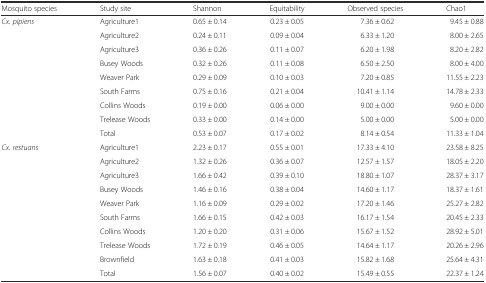
<table><thead><tr><td><b>Mosquito species</b></td><td><b>Study site</b></td><td><b>Shannon</b></td><td><b>Equitability</b></td><td><b>Observed species</b></td><td><b>Chao1</b></td></tr></thead><tbody><tr><td><i>Cx. pipiens</i></td><td>Agriculture1</td><td>0.65 ± 0.14</td><td>0.23 ± 0.05</td><td>7.36 ± 0.62</td><td>9.45 ± 0.88</td></tr><tr><td></td><td>Agriculture2</td><td>0.24 ± 0.11</td><td>0.09 ± 0.04</td><td>6.33 ± 1.20</td><td>8.00 ± 2.65</td></tr><tr><td></td><td>Agriculture3</td><td>0.36 ± 0.26</td><td>0.11 ± 0.07</td><td>6.20 ± 1.98</td><td>8.20 ± 2.82</td></tr><tr><td></td><td>Busey Woods</td><td>0.32 ± 0.26</td><td>0.11 ± 0.08</td><td>6.50 ± 2.50</td><td>8.00 ± 4.00</td></tr><tr><td></td><td>Weaver Park</td><td>0.29 ± 0.09</td><td>0.10 ± 0.03</td><td>7.20 ± 0.85</td><td>11.55 ± 2.23</td></tr><tr><td></td><td>South Farms</td><td>0.75 ± 0.16</td><td>0.21 ± 0.04</td><td>10.41 ± 1.14</td><td>14.78 ± 2.33</td></tr><tr><td></td><td>Collins Woods</td><td>0.19 ± 0.00</td><td>0.06 ± 0.00</td><td>9.00 ± 0.00</td><td>9.60 ± 0.00</td></tr><tr><td></td><td>Trelease Woods</td><td>0.33 ± 0.00</td><td>0.14 ± 0.00</td><td>5.00 ± 0.00</td><td>5.00 ± 0.00</td></tr><tr><td></td><td>Total</td><td>0.53 ± 0.07</td><td>0.17 ± 0.02</td><td>8.14 ± 0.54</td><td>11.33 ± 1.04</td></tr><tr><td><i>Cx. restuans</i></td><td>Agriculture1</td><td>2.23 ± 0.17</td><td>0.55 ± 0.01</td><td>17.33 ± 4.10</td><td>23.58 ± 8.25</td></tr><tr><td></td><td>Agriculture2</td><td>1.32 ± 0.26</td><td>0.36 ± 0.07</td><td>12.57 ± 1.57</td><td>18.05 ± 2.20</td></tr><tr><td></td><td>Agriculture3</td><td>1.66 ± 0.42</td><td>0.39 ± 0.10</td><td>18.80 ± 1.07</td><td>28.37 ± 3.17</td></tr><tr><td></td><td>Busey Woods</td><td>1.46 ± 0.16</td><td>0.38 ± 0.04</td><td>14.60 ± 1.17</td><td>18.37 ± 1.61</td></tr><tr><td></td><td>Weaver Park</td><td>1.16 ± 0.09</td><td>0.29 ± 0.02</td><td>17.20 ± 1.46</td><td>25.27 ± 2.82</td></tr><tr><td></td><td>South Farms</td><td>1.66 ± 0.15</td><td>0.42 ± 0.03</td><td>16.17 ± 1.54</td><td>20.45 ± 2.33</td></tr><tr><td></td><td>Collins Woods</td><td>1.20 ± 0.20</td><td>0.31 ± 0.06</td><td>15.67 ± 1.52</td><td>28.92 ± 5.01</td></tr><tr><td></td><td>Trelease Woods</td><td>1.72 ± 0.19</td><td>0.46 ± 0.05</td><td>14.64 ± 1.17</td><td>20.26 ± 2.96</td></tr><tr><td></td><td>Brownfield</td><td>1.63 ± 0.18</td><td>0.41 ± 0.03</td><td>15.82 ± 1.68</td><td>25.64 ± 4.31</td></tr><tr><td></td><td>Total</td><td>1.56 ± 0.07</td><td>0.40 ± 0.02</td><td>15.49 ± 0.55</td><td>22.37 ± 1.24</td></tr></tbody></table>